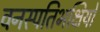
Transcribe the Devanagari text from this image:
वनस्पतिभक्षियों